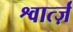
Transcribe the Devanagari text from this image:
श्वार्त्ज़